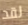
لقد